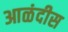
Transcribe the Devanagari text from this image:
आळंदीस